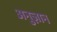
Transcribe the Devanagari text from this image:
अनुज्ञान